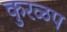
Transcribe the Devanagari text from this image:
कुरळप